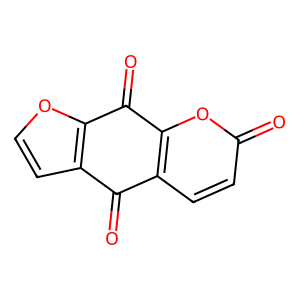
SMILES: O=C1c2ccoc2C(=O)c2oc(=O)ccc21
Inhibits HIV replication: No